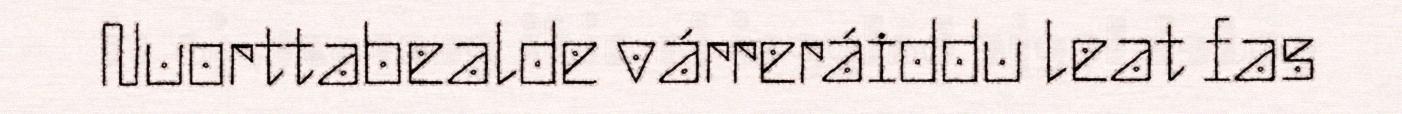
Nuorttabealde várreráiddu leat fas